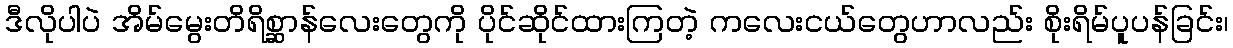
ဒီလိုပါပဲ အိမ်မွေးတိရိစ္ဆာန်လေးတွေကို ပိုင်ဆိုင်ထားကြတဲ့ ကလေးငယ်တွေဟာလည်း စိုးရိမ်ပူပန်ခြင်း၊